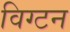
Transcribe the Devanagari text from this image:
विग्टन